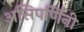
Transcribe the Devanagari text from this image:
असिपर्णिनी